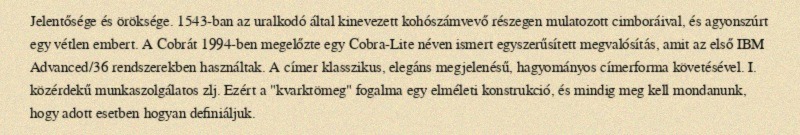
Jelentősége és öröksége. 1543-ban az uralkodó által kinevezett kohószámvevő részegen mulatozott cimboráival, és agyonszúrt egy vétlen embert. A Cobrát 1994-ben megelőzte egy Cobra-Lite néven ismert egyszerűsített megvalósítás, amit az első IBM Advanced/36 rendszerekben használtak. A címer klasszikus, elegáns megjelenésű, hagyományos címerforma követésével. I. közérdekű munkaszolgálatos zlj. Ezért a "kvarktömeg" fogalma egy elméleti konstrukció, és mindig meg kell mondanunk, hogy adott esetben hogyan definiáljuk.